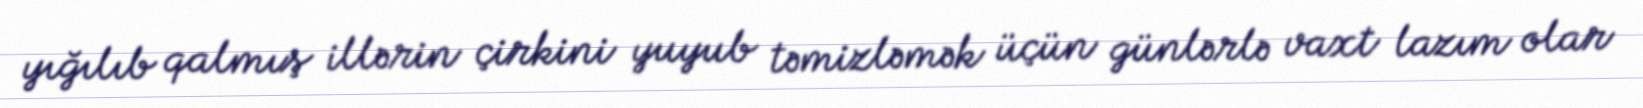
yığılıb qalmış illərin çirkini yuyub təmizləmək üçün günlərlə vaxt lazım olar